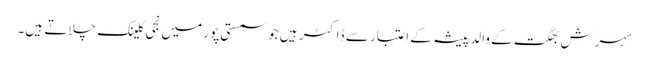
سہرش بھگت کے والد پیشہ کے اعتبار سے ڈاکٹر ہیں جو سمستی پور میں نجی کلینک چلاتے ہیں۔